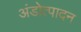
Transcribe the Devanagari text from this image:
अंडोत्पादन